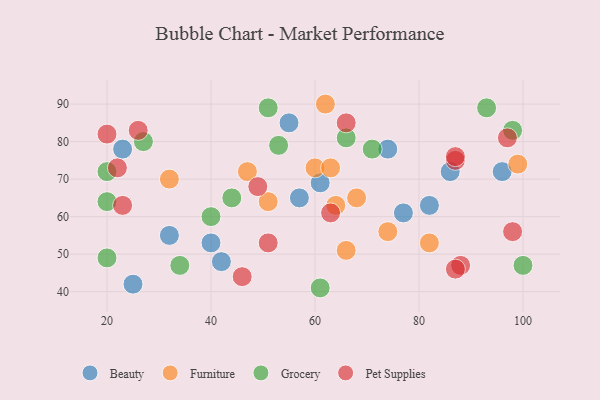
{"axis": {"x": "GDP", "y": "Life Expectancy"}, "legend": ["Beauty", "Furniture", "Grocery", "Pet Supplies"], "data": [{"x": "23", "y": 78, "type": "Beauty"}, {"x": "55", "y": 85, "type": "Beauty"}, {"x": "86", "y": 72, "type": "Beauty"}, {"x": "25", "y": 42, "type": "Beauty"}, {"x": "74", "y": 78, "type": "Beauty"}, {"x": "57", "y": 65, "type": "Beauty"}, {"x": "82", "y": 63, "type": "Beauty"}, {"x": "96", "y": 72, "type": "Beauty"}, {"x": "32", "y": 55, "type": "Beauty"}, {"x": "42", "y": 48, "type": "Beauty"}, {"x": "61", "y": 69, "type": "Beauty"}, {"x": "77", "y": 61, "type": "Beauty"}, {"x": "40", "y": 53, "type": "Beauty"}, {"x": "99", "y": 74, "type": "Furniture"}, {"x": "64", "y": 63, "type": "Furniture"}, {"x": "32", "y": 70, "type": "Furniture"}, {"x": "51", "y": 64, "type": "Furniture"}, {"x": "62", "y": 90, "type": "Furniture"}, {"x": "60", "y": 73, "type": "Furniture"}, {"x": "74", "y": 56, "type": "Furniture"}, {"x": "63", "y": 73, "type": "Furniture"}, {"x": "66", "y": 51, "type": "Furniture"}, {"x": "68", "y": 65, "type": "Furniture"}, {"x": "47", "y": 72, "type": "Furniture"}, {"x": "82", "y": 53, "type": "Furniture"}, {"x": "20", "y": 49, "type": "Grocery"}, {"x": "51", "y": 89, "type": "Grocery"}, {"x": "100", "y": 47, "type": "Grocery"}, {"x": "34", "y": 47, "type": "Grocery"}, {"x": "40", "y": 60, "type": "Grocery"}, {"x": "27", "y": 80, "type": "Grocery"}, {"x": "44", "y": 65, "type": "Grocery"}, {"x": "93", "y": 89, "type": "Grocery"}, {"x": "53", "y": 79, "type": "Grocery"}, {"x": "71", "y": 78, "type": "Grocery"}, {"x": "98", "y": 83, "type": "Grocery"}, {"x": "20", "y": 64, "type": "Grocery"}, {"x": "66", "y": 81, "type": "Grocery"}, {"x": "61", "y": 41, "type": "Grocery"}, {"x": "20", "y": 72, "type": "Grocery"}, {"x": "46", "y": 44, "type": "Pet Supplies"}, {"x": "98", "y": 56, "type": "Pet Supplies"}, {"x": "97", "y": 81, "type": "Pet Supplies"}, {"x": "49", "y": 68, "type": "Pet Supplies"}, {"x": "51", "y": 53, "type": "Pet Supplies"}, {"x": "87", "y": 75, "type": "Pet Supplies"}, {"x": "63", "y": 61, "type": "Pet Supplies"}, {"x": "23", "y": 63, "type": "Pet Supplies"}, {"x": "22", "y": 73, "type": "Pet Supplies"}, {"x": "87", "y": 76, "type": "Pet Supplies"}, {"x": "88", "y": 47, "type": "Pet Supplies"}, {"x": "26", "y": 83, "type": "Pet Supplies"}, {"x": "20", "y": 82, "type": "Pet Supplies"}, {"x": "87", "y": 46, "type": "Pet Supplies"}, {"x": "66", "y": 85, "type": "Pet Supplies"}]}